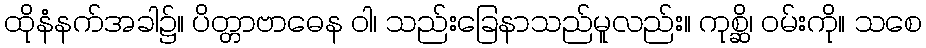
ထိုနံနက်အခါ၌။ ပိတ္တာဗာဓေန ဝါ၊ သည်းခြေနာသည်မူလည်း။ ကုစ္ဆိ၊ ဝမ်းကို။ သစေ